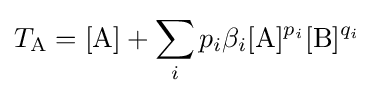
T_{\mathrm {A} }=[\mathrm {A} ]+\sum _{i}p_{i}\beta _{i}[\mathrm {A} ]^{p_{i}}[\mathrm {B} ]^{q_{i}}